Report of the Bombay Veterinary College
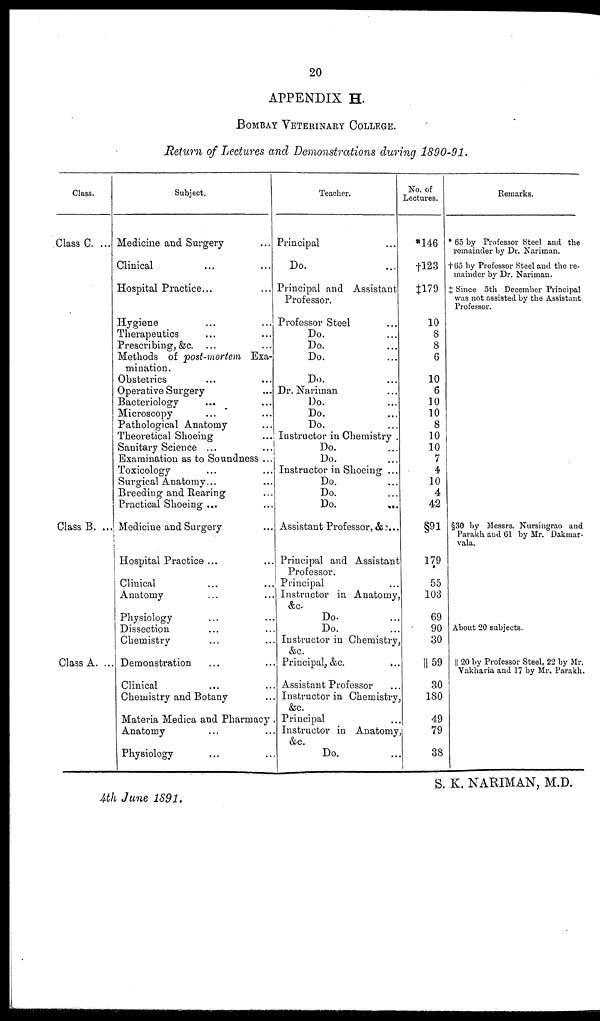
20
APPENDIX H.
BOMBAY VETERINARY COLLEGE.
Return of Lectures and Demonstrations during 1890-91.
Class.
Class C. ...
Class B. ...
Class A. ...
Subject.
Medicine and Surgery ...
Clinical ... ...
Hospital Practice... ...
Hygiene ... ...
Therapeutics ... ...
Prescribing, &c. ... ...
Methods of post-mortem Exa-
mination.
Obstetrics ... ...
Operative Surgery ...
Bacteriology ... ...
Microscopy
... ...
Pathological Anatomy ...
Theoretical Shoeing ...
Sanitary Science ... ...
Examination as to Soundness ...
Toxicology ... ...
Surgical Anatomy... ...
Breeding and Rearing ...
Practical Shoeing ... ...
Medicine and Surgery ...
Hospital Practice ... ...
Clinical ... ...
Anatomy ... ...
Physiology ... ...
Dissection ... ...
Chemistry ... ...
Demonstration ... ...
Clinical ... ...
Chemistry and Botany ...
Materia Medica and Pharmacy .
Anatomy ... ...
Physiology ... ...
Teacher.
Principal ...
Do. ...
Principal and Assistant
Professor.
Professor Steel ...
Do. ...
Do. ...
Do. ...
Do. ...
Dr. Nariman ...
Do. ...
Do. ...
Do. ...
Instructor in Chemistry .
Do. ...
Do. ...
Instructor in Shoeing ...
Do. ...
Do. ...
Do. ...
Assistant Professor, &c...
Principal and Assistant
Professor.
Principal ...
Instructor in Anatomy,
&c.
Do. ...
Do. ...
Instructor in Chemistry,
&c.
Principal, &c. ...
Assistant Professor ...
Instructor in Chemistry,
&c.
Principal ...
Instructor in Anatomy
&c.
Do. ...
No. of
Lectures.
*146
†123
‡179
10
8
8
6
10
6
10
10
8
10
10
7
4
10
4
42
§91
179
55
103
69
90
30
||59
30
180
49
79
38
Remarks.
* 65 by Professor Steel and the
remainder by Dr. Nariman.
† 65 by Professor Steel and the re-
mainder by Dr. Nariman.
‡ Since 5th December Principal
was not assisted by the Assistant
Professor.
§30 by Messrs. Nursingrao and
Parakh and 61 by Mr. Dakmar-
vala.
About 20 subjects.
|| 20 by Professor Steel, 22 by Mr.
Vakharia and 17 by Mr. Parakh.
S. K, NARIMAN, M.D.
4th June 1891.